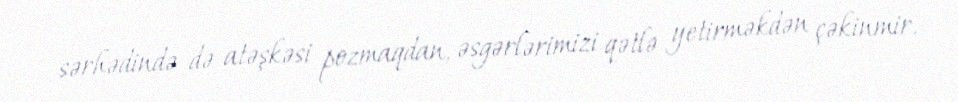
sərhədində də atəşkəsi pozmaqdan, əsgərlərimizi qətlə yetirməkdən çəkinmir.